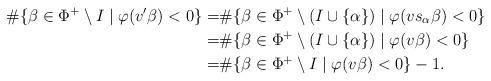
LaTeX: \begin{align*}\#\{\beta\in \Phi^+\setminus I\mid \varphi(v'\beta)<0\} =& \#\{\beta\in \Phi^+\setminus (I\cup\{\alpha\})\mid \varphi(v s_\alpha\beta)<0\}\\=&\#\{\beta\in \Phi^+\setminus (I\cup\{\alpha\})\mid \varphi(v \beta)<0\}\\=&\#\{\beta\in \Phi^+\setminus I\mid \varphi(v \beta)<0\}-1.\end{align*}